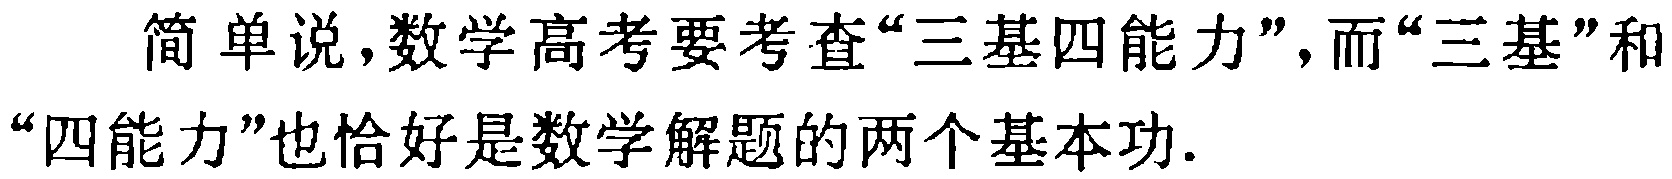
简单说，数学高考要考查“三基四能力”，而“三基”和“四能力”也恰好是数学解题的两个基本功.